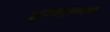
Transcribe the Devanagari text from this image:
भावानुभवांची